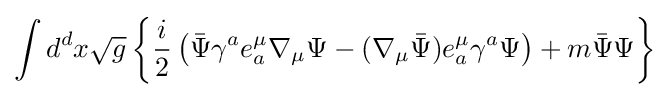
\int d^{d}x{\sqrt {g}}\left\{{\frac {i}{2}}\left({\bar {\Psi }}\gamma ^{a}e_{a}^{\mu }\nabla _{\mu }\Psi -(\nabla _{\mu }{\bar {\Psi }})e_{a}^{\mu }\gamma ^{a}\Psi \right)+m{\bar {\Psi }}\Psi \right\}